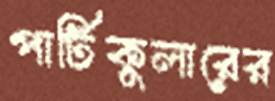
পার্টিকুলারের